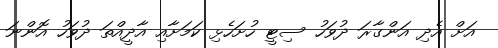
އަށް އެދި އަންގާރަ ދުވަހު ސިޓީ ހުށަހެޅި ކަމަށާއި އާދީއްތަ ދުވަހު އޮންނަ